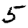
Digit: 5